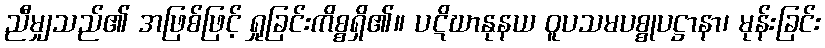
ညီမျှသည်၏ အဖြစ်ဖြင့် ရှုခြင်းကိစ္စရှိ၏။ ပဋိဃာနုနယ ဝူပသမပစ္စုပဋ္ဌာနာ၊ မုန်းခြင်း